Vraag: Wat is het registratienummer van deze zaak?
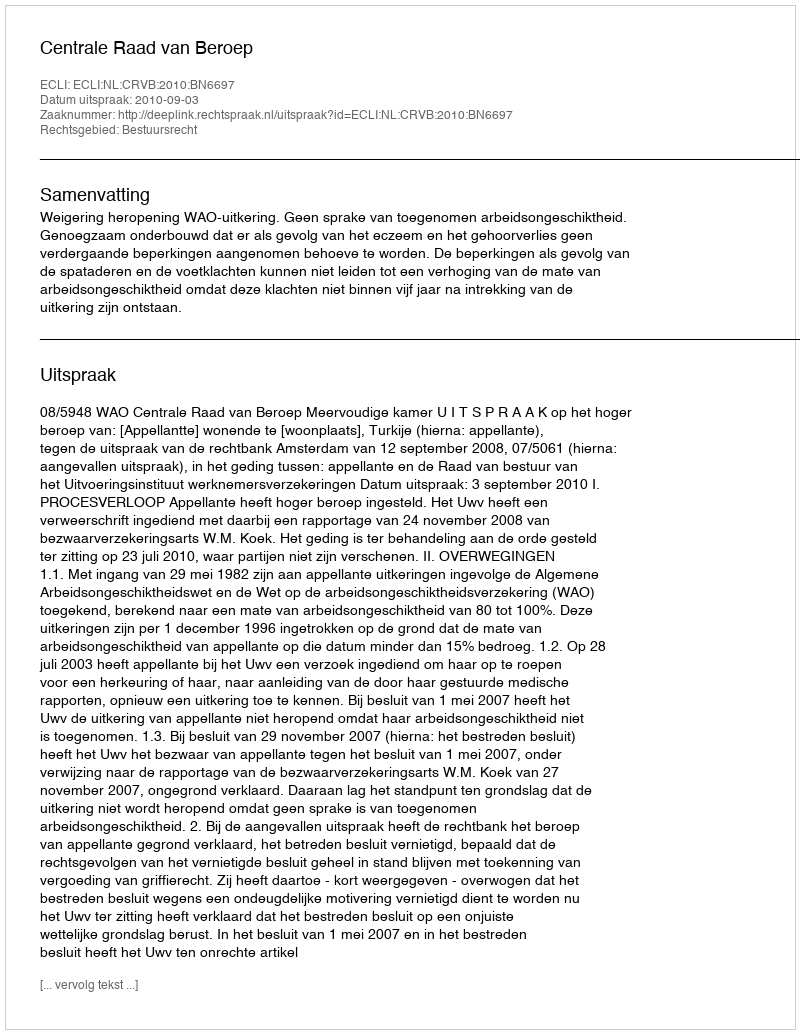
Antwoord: http://deeplink.rechtspraak.nl/uitspraak?id=ECLI:NL:CRVB:2010:BN6697